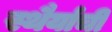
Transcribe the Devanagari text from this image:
स्थैर्याची